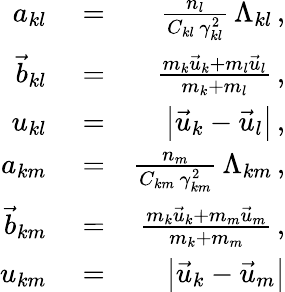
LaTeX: \begin{array}{rlr}{a_{kl}}&{{}=}&{\frac{n_{l}}{C_{kl}\, \gamma_{kl}^{2}}\, \Lambda_{kl}\, ,}\\ {\vec{b}_{kl}}&{{}=}&{\frac{m_{k}\vec{u}_{k}+m_{l}\vec{u}_{l}}{m_{k}+m_{l}}\, ,}\\ {u_{kl}}&{{}=}&{\left|\vec{u}_{k}-\vec{u}_{l}\right|\, ,}\\ {a_{km}}&{{}=}&{\frac{n_{m}}{C_{km}\, \gamma_{km}^{2}}\, \Lambda_{km}\, ,}\\ {\vec{b}_{km}}&{{}=}&{\frac{m_{k}\vec{u}_{k}+m_{m}\vec{u}_{m}}{m_{k}+m_{m}}\, ,}\\ {u_{km}}&{{}=}&{\left|\vec{u}_{k}-\vec{u}_{m}\right|}\end{array}